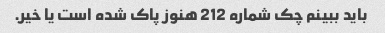
باید ببینم چک شماره 212 هنوز پاک شده است یا خیر.